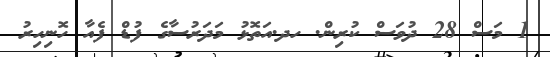
1 މަސް 28 ދުވަސް ކުރިން. ހދ.އަތޮޅު މަދަރުސާގެ ފުޑް ފެއާ ހޮނިހިރު